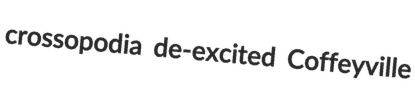
crossopodia de-excited Coffeyville